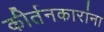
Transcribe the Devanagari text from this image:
कीर्तनकारांना